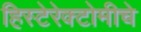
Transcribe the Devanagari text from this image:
हिस्टेरेक्टोमीचे